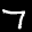
Label: 7